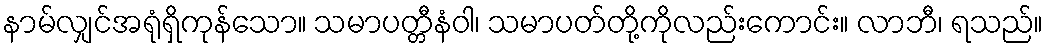
နာမ်လျှင်အရုံရှိကုန်သော။ သမာပတ္တီနံဝါ၊ သမာပတ်တို့ကိုလည်းကောင်း။ လာဘီ၊ ရသည်။